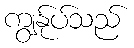
ကျွန်ုပ်သည်